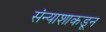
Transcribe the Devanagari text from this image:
संन्याशाकडून